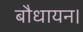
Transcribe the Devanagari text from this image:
बौधायन।